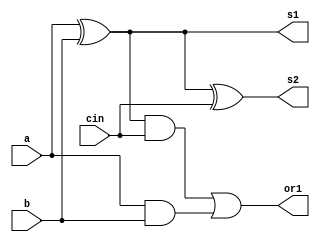
`timescale 1ns / 1ps
//////////////////////////////////////////////////////////////////////////////////
// Company: 
// Engineer: 
// 
// Design Name: 
// Module Name: full_adder_design
// Project Name: 
// Target Devices: 
// Tool Versions: 
// Description: 
// 
// Dependencies: 
// 
// Revision:
// Revision 0.01 - File Created
// Additional Comments:
// 
//////////////////////////////////////////////////////////////////////////////////


module full_adder_design(s1,s2,or1,a,b,cin);
output s1,s2,or1;
input a,b,cin;
assign s1=a^b;
assign s2=(a^b)^cin;
assign or1=(a^b)&cin | (a&b);
endmodule